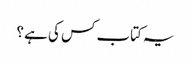
یہ کتاب کس کی ہے ؟